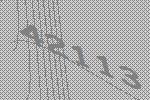
42113